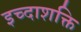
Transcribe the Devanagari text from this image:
इच्दाशक्ति